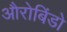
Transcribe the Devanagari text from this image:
औरोबिंडो